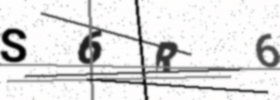
Text: S6R6